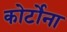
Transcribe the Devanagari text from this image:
कोर्टोना